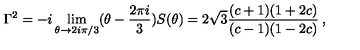
\Gamma ^ { 2 } = - i \lim _ { \theta \rightarrow 2 i \pi / 3 } ( \theta - \frac { 2 \pi i } { 3 } ) S ( \theta ) = 2 \sqrt { 3 } \frac { ( c + 1 ) ( 1 + 2 c ) } { ( c - 1 ) ( 1 - 2 c ) } \: ,